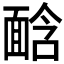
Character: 𩈣